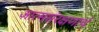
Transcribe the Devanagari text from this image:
आत्मसंरक्षणार्थ